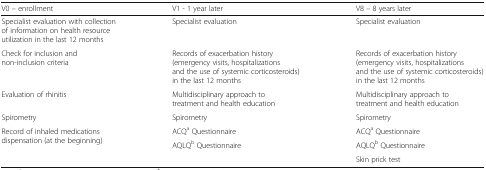
<table><thead><tr><td><b>V0 – enrollment</b></td><td><b>V1 - 1 year later</b></td><td><b>V8 – 8 years later</b></td></tr></thead><tbody><tr><td>Specialist evaluation with collection of information on health resource utilization in the last 12 months</td><td>Specialist evaluation</td><td>Specialist evaluation</td></tr><tr><td>Check for inclusion and non-inclusion criteria</td><td>Records of exacerbation history (emergency visits, hospitalizations and the use of systemic corticosteroids) in the last 12 months</td><td>Records of exacerbation history (emergency visits, hospitalizations and the use of systemic corticosteroids) in the last 12 months</td></tr><tr><td>Evaluation of rhinitis</td><td>Multidisciplinary approach to treatment and health education</td><td>Multidisciplinary approach to treatment and health education</td></tr><tr><td>Spirometry</td><td>Spirometry</td><td>Spirometry</td></tr><tr><td rowspan="3">Record of inhaled medications dispensation (at the beginning)</td><td>ACQ<sup>a</sup> Questionnaire</td><td>ACQ<sup>a</sup> Questionnaire</td></tr><tr><td rowspan="2">AQLQ<sup>b</sup> Questionnaire</td><td>AQLQ<sup>b</sup> Questionnaire</td></tr><tr><td>Skin prick test</td></tr></tbody></table>